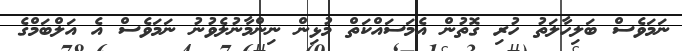
ނަމަވެސް ބަލިހާލަތު ހުރި ގޮތުން އެމަސައްކަތް މުޅިން ނިންމާނުލެވުނު ނަމަވެސް އެ އަލްބަމްގެ